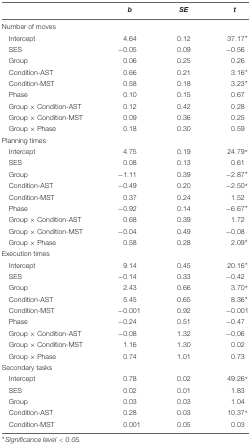
<table><thead><tr><td></td><td><b><i>b</i></b></td><td><b><i>SE</i></b></td><td><b><i>t</i></b></td></tr></thead><tbody><tr><td>Number of moves</td><td></td><td></td><td></td></tr><tr><td>Intercept</td><td>4.64</td><td>0.12</td><td>37.17*</td></tr><tr><td>SES</td><td>-0.05</td><td>0.09</td><td>-0.56</td></tr><tr><td>Group</td><td>0.06</td><td>0.25</td><td>0.26</td></tr><tr><td>Condition-AST</td><td>0.66</td><td>0.21</td><td>3.16*</td></tr><tr><td>Condition-MST</td><td>0.58</td><td>0.18</td><td>3.23*</td></tr><tr><td>Phase</td><td>0.10</td><td>0.15</td><td>0.67</td></tr><tr><td>Group × Condition-AST</td><td>0.12</td><td>0.42</td><td>0.28</td></tr><tr><td>Group × Condition-MST</td><td>0.09</td><td>0.36</td><td>0.25</td></tr><tr><td>Group × Phase</td><td>0.18</td><td>0.30</td><td>0.59</td></tr><tr><td>Planning times</td></tr><tr><td>Intercept</td><td>4.75</td><td>0.19</td><td>24.79*</td></tr><tr><td>SES</td><td>0.08</td><td>0.13</td><td>0.61</td></tr><tr><td>Group</td><td>-1.11</td><td>0.39</td><td>-2.87*</td></tr><tr><td>Condition-AST</td><td>-0.49</td><td>0.20</td><td>-2.50*</td></tr><tr><td>Condition-MST</td><td>0.37</td><td>0.24</td><td>1.52</td></tr><tr><td>Phase</td><td>-0.92</td><td>0.14</td><td>-6.67*</td></tr><tr><td>Group × Condition-AST</td><td>0.68</td><td>0.39</td><td>1.72</td></tr><tr><td>Group × Condition-MST</td><td>-0.04</td><td>0.49</td><td>-0.08</td></tr><tr><td>Group × Phase</td><td>0.58</td><td>0.28</td><td>2.09*</td></tr><tr><td>Execution times</td></tr><tr><td>Intercept</td><td>9.14</td><td>0.45</td><td>20.16*</td></tr><tr><td>SES</td><td>-0.14</td><td>0.33</td><td>-0.42</td></tr><tr><td>Group</td><td>2.43</td><td>0.66</td><td>3.70*</td></tr><tr><td>Condition-AST</td><td>5.45</td><td>0.65</td><td>8.36*</td></tr><tr><td>Condition-MST</td><td>-0.001</td><td>0.92</td><td>-0.001</td></tr><tr><td>Phase</td><td>-0.24</td><td>0.51</td><td>-0.47</td></tr><tr><td>Group × Condition-AST</td><td>-0.08</td><td>1.32</td><td>-0.06</td></tr><tr><td>Group × Condition-MST</td><td>1.16</td><td>1.30</td><td>0.02</td></tr><tr><td>Group × Phase</td><td>0.74</td><td>1.01</td><td>0.73</td></tr><tr><td>Secondary tasks</td></tr><tr><td>Intercept</td><td>0.78</td><td>0.02</td><td>49.26*</td></tr><tr><td>SES</td><td>0.02</td><td>0.01</td><td>1.83</td></tr><tr><td>Group</td><td>0.03</td><td>0.03</td><td>1.04</td></tr><tr><td>Condition-AST</td><td>0.28</td><td>0.03</td><td>10.37*</td></tr><tr><td>Condition-MST</td><td>0.001</td><td>0.05</td><td>0.03</td></tr></tbody></table>